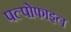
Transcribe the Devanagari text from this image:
पल्पोफाइल